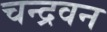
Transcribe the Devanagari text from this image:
चन्द्रवन